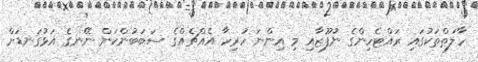
ހާލަތްތަކުގައި ރައްޓެހިންގެ ނުފޫޒާއި މި އިންނަ ހުރިހާ އެއްޗެއްގެ ސަބަބުންކަން ނޭނގެ އަޅުގަނޑަށް